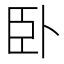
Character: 卧